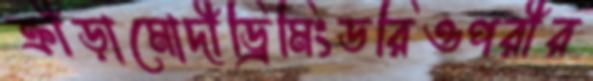
ক্রীড়ামোদীড্রিমিংডরিওপরীর